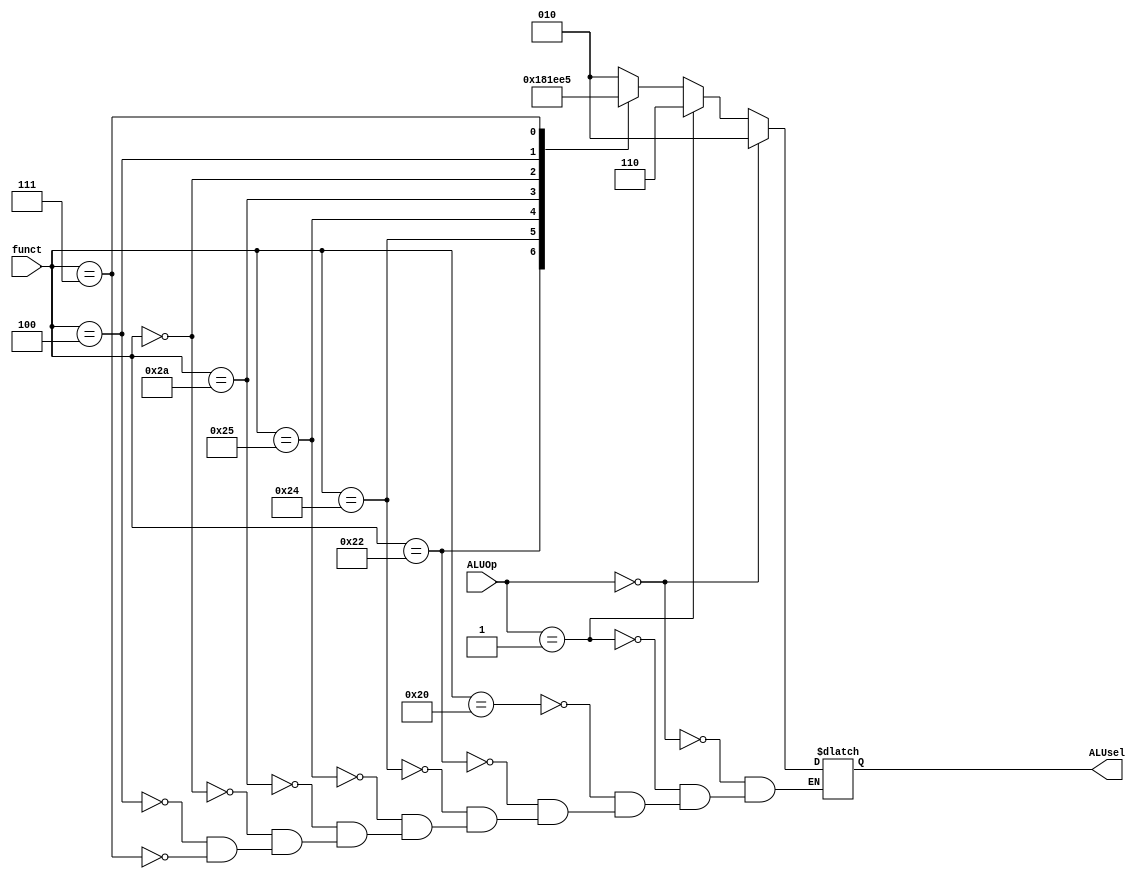
`timescale 1ns / 1ps
//////////////////////////////////////////////////////////////////////////////////
// Company: 
// Engineer: 
// 
// Design Name: 
// Module Name: CTRL_ALUop
// Project Name: 
// Target Devices: 
// Tool Versions: 
// Description: 
// 
// Dependencies: 
// 
// Revision:
// Revision 0.01 - File Created
// Additional Comments:
// 
//////////////////////////////////////////////////////////////////////////////////


//ALU CONTROL UNIT
module CTRL_ALU #(parameter op_wid=2, mode_wid=3, f_wid=6)
(input[op_wid-1:0] ALUOp, input[f_wid-1:0] funct,
    output reg[mode_wid-1:0] ALUsel);
    
    always @(*) begin
        if (ALUOp == 2'b00) ALUsel <= 3'b010; //unconditional add 
        else if (ALUOp == 2'b01) ALUsel <= 3'b110; //unconditional subtract
        
        else begin //conditional on funct
            case (funct)
                6'b100000: ALUsel <= 3'b010; //add
                6'b100010: ALUsel <= 3'b110; //subtract
                6'b100100: ALUsel <= 3'b000; //and
                6'b100101: ALUsel <= 3'b001; //or
                6'b101010: ALUsel <= 3'b111; //slt (comparison flag)
                6'b000000: ALUsel <= 3'b011; //sll
                //6'b000010: //srl
                //6'b000011: //sra
                6'b000100: ALUsel <= 3'b100; //sllv
                //6'b000110: //srlv
                6'b000111: ALUsel <= 3'b101; //srav
            endcase
        end
    end
endmodule